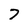
Character: 7